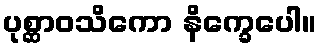
ပုစ္ဆာဝသိကော နိက္ခေပေါ။